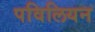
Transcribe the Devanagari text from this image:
पविलियन